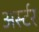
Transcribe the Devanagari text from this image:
अर्स्टर